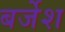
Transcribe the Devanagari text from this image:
बर्जेश